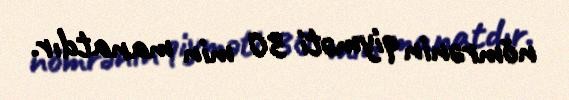
nömrənin qiyməti 30 min manatdır.